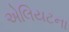
એલિયટના